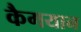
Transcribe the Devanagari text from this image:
कैगयान